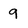
Character: 9